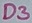
Text: D3